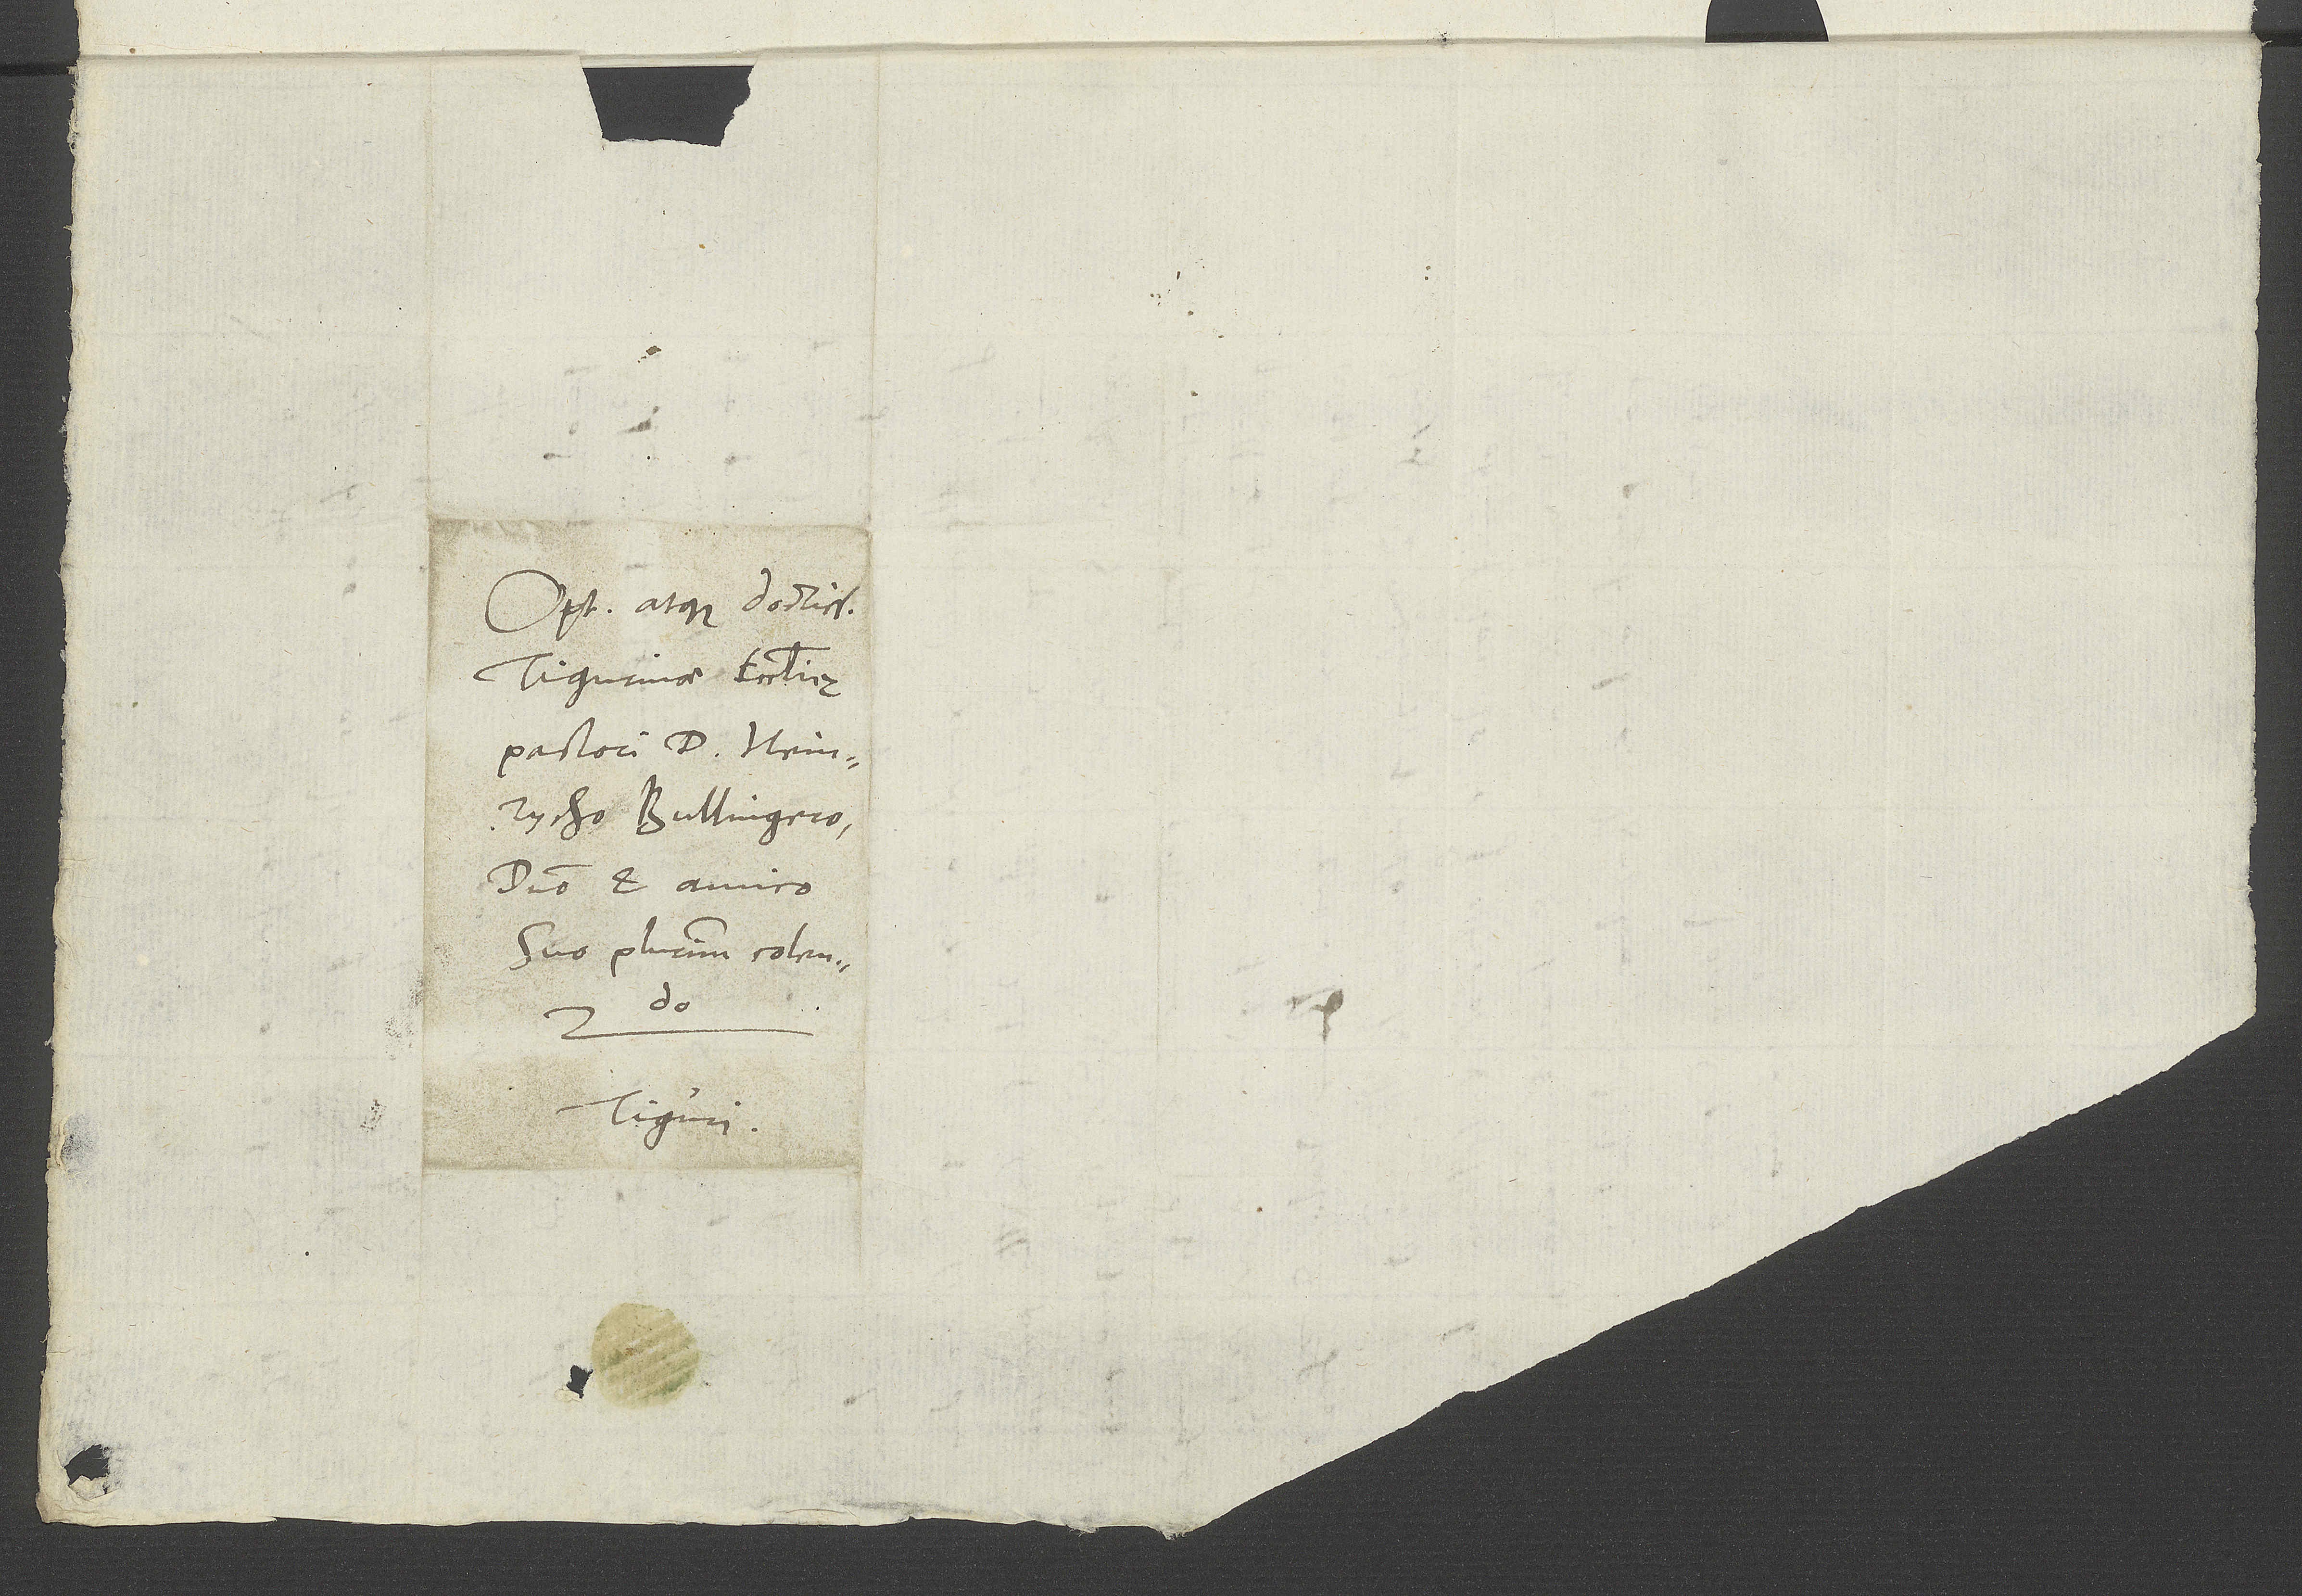
Optimo atque doctissimo
Tigurinae ecclesię
pastori d. Heinricho
domino et amico
suo plurimum colendo.
Tiguri.